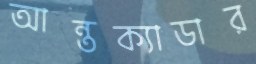
আন্তক্যাডার